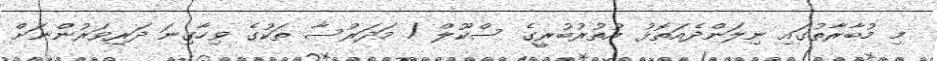
މި މުބާރާތުގައި ނިލަންދެއަތޮޅު އުތުރުބުރީގެ ސްކޫލް / މަދަރުސާ ތަކުގެ ވިހާގިނަ ދަރިވަރުންނަށް